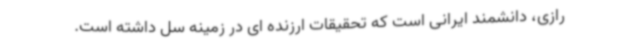
رازی، دانشمند ایرانی است که تحقیقات ارزنده ای در زمینه سل داشته است.